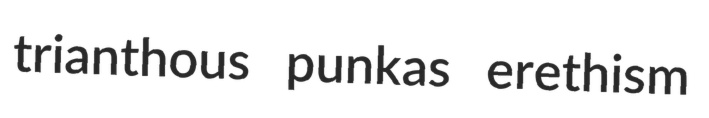
trianthous punkas erethism